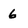
Character: 6